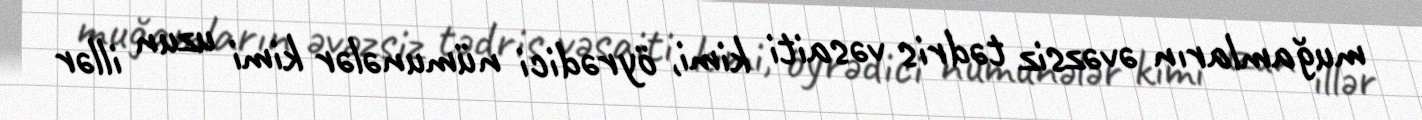
muğamların əvəzsiz tədris vəsaiti kimi, öyrədici nümunələr kimi uzun illər